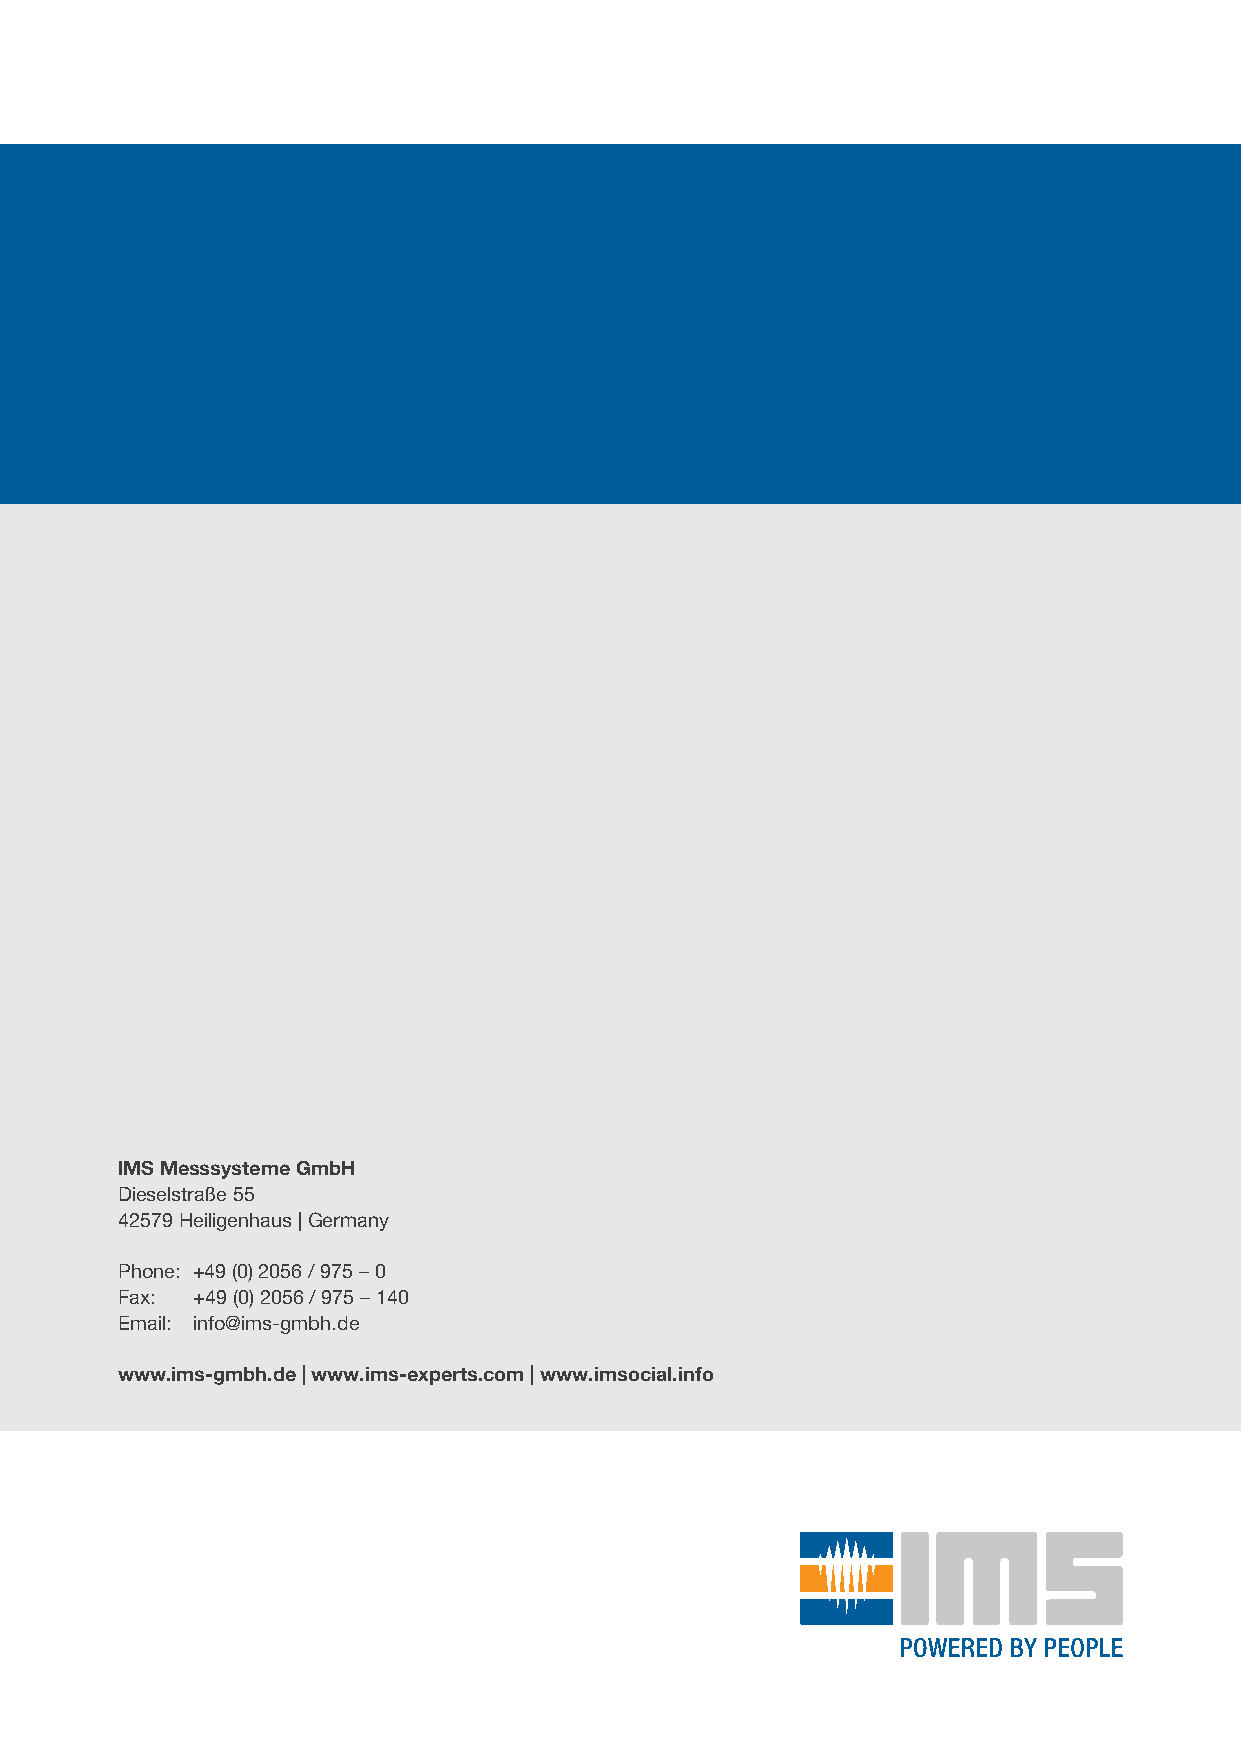
IMS Messsysteme GmbH
 Dieselstraße 55
 42579 Heiligenhaus | Germany
 Phone: +49 (0) 2056 / 975 – 0
 Fax: +49 (0) 2056 / 975 – 140
 Email: info@ims-gmbh.de
 www.ims-gmbh.de | www.ims-experts.com | www.imsocial.info